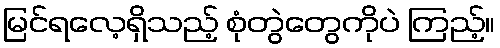
မြင်ရလေ့ရှိသည့် စုံတွဲတွေကိုပဲ ကြည့်။